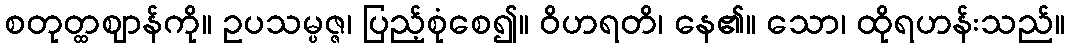
စတုတ္ထဈာန်ကို။ ဥပသမ္ပဇ္ဇ၊ ပြည့်စုံစေ၍။ ဝိဟရတိ၊ နေ၏။ သော၊ ထိုရဟန်းသည်။